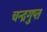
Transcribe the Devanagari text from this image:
चन्द्रगुप्त